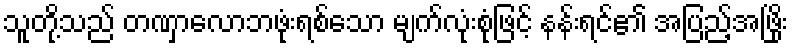
သူတို့သည် တဏှာလောဘဖုံးရစ်သော မျက်လုံးစုံဖြင့် နန်းရင်၏ အပြည့်အဖြိုး